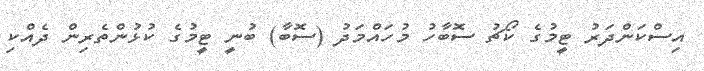
އިސްކަންދަރު ޓީމުގެ ކޯޗު ސޮބާހު މުހައްމަދު (ސޮބާ) ބުނީ ޓީމުގެ ކުޅުންތެރިން ދެއްކި